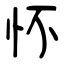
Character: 怀